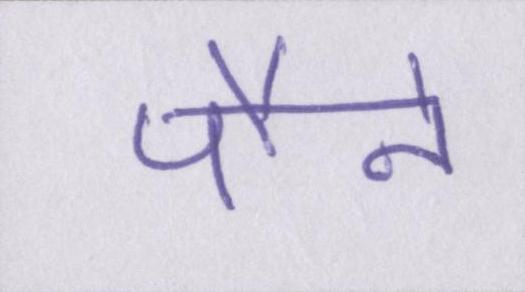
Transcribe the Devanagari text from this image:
पौने